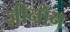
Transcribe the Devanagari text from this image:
ज़ीनॉन